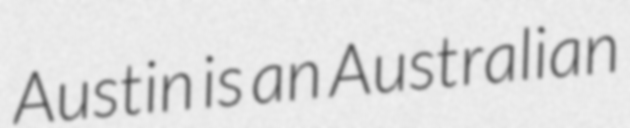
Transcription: Austin is an Australian